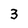
Character: 3